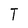
Character: T